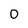
Character: 0